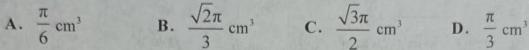
A. $\frac{\pi}{6}\text{ cm}^3$
B. $\frac{\sqrt{2}\pi}{3}\text{ cm}^3$
C. $\frac{\sqrt{3}\pi}{2}\text{ cm}^3$
D. $\frac{\pi}{3}\text{ cm}^3$